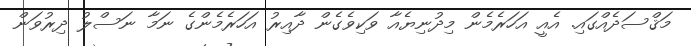
މަޤްސަދެއްގައި. އެއީ އަހަރެމެން މިދުނިޔެއާ ވަކިވެގެން ދާއިރު އަހަރެމެންގެ ނަމާ ނަސްލު ދިރުވަން